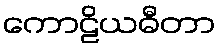
ကောဠိယဓီတာ